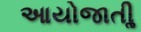
આયોજાતીૢ